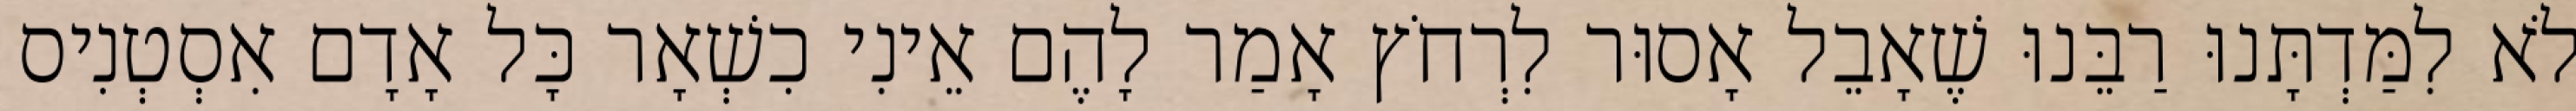
לֹא לִמַּדְתָּנוּ רַבֵּנוּ שֶׁאָבֵל אָסוּר לִרְחֹץ אָמַר לָהֶם אֵינִי כִשְׁאָר כָּל אָדָם אִסְטְנִיס